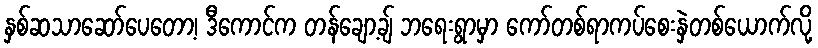
နှစ်ဆသာဆော်ပေတော့၊ ဒီကောင်က တန်ချော့ချ် ဘရေးရွာမှာ ကော်တစ်ရာကပ်စေးနှဲတစ်ယောက်လို့